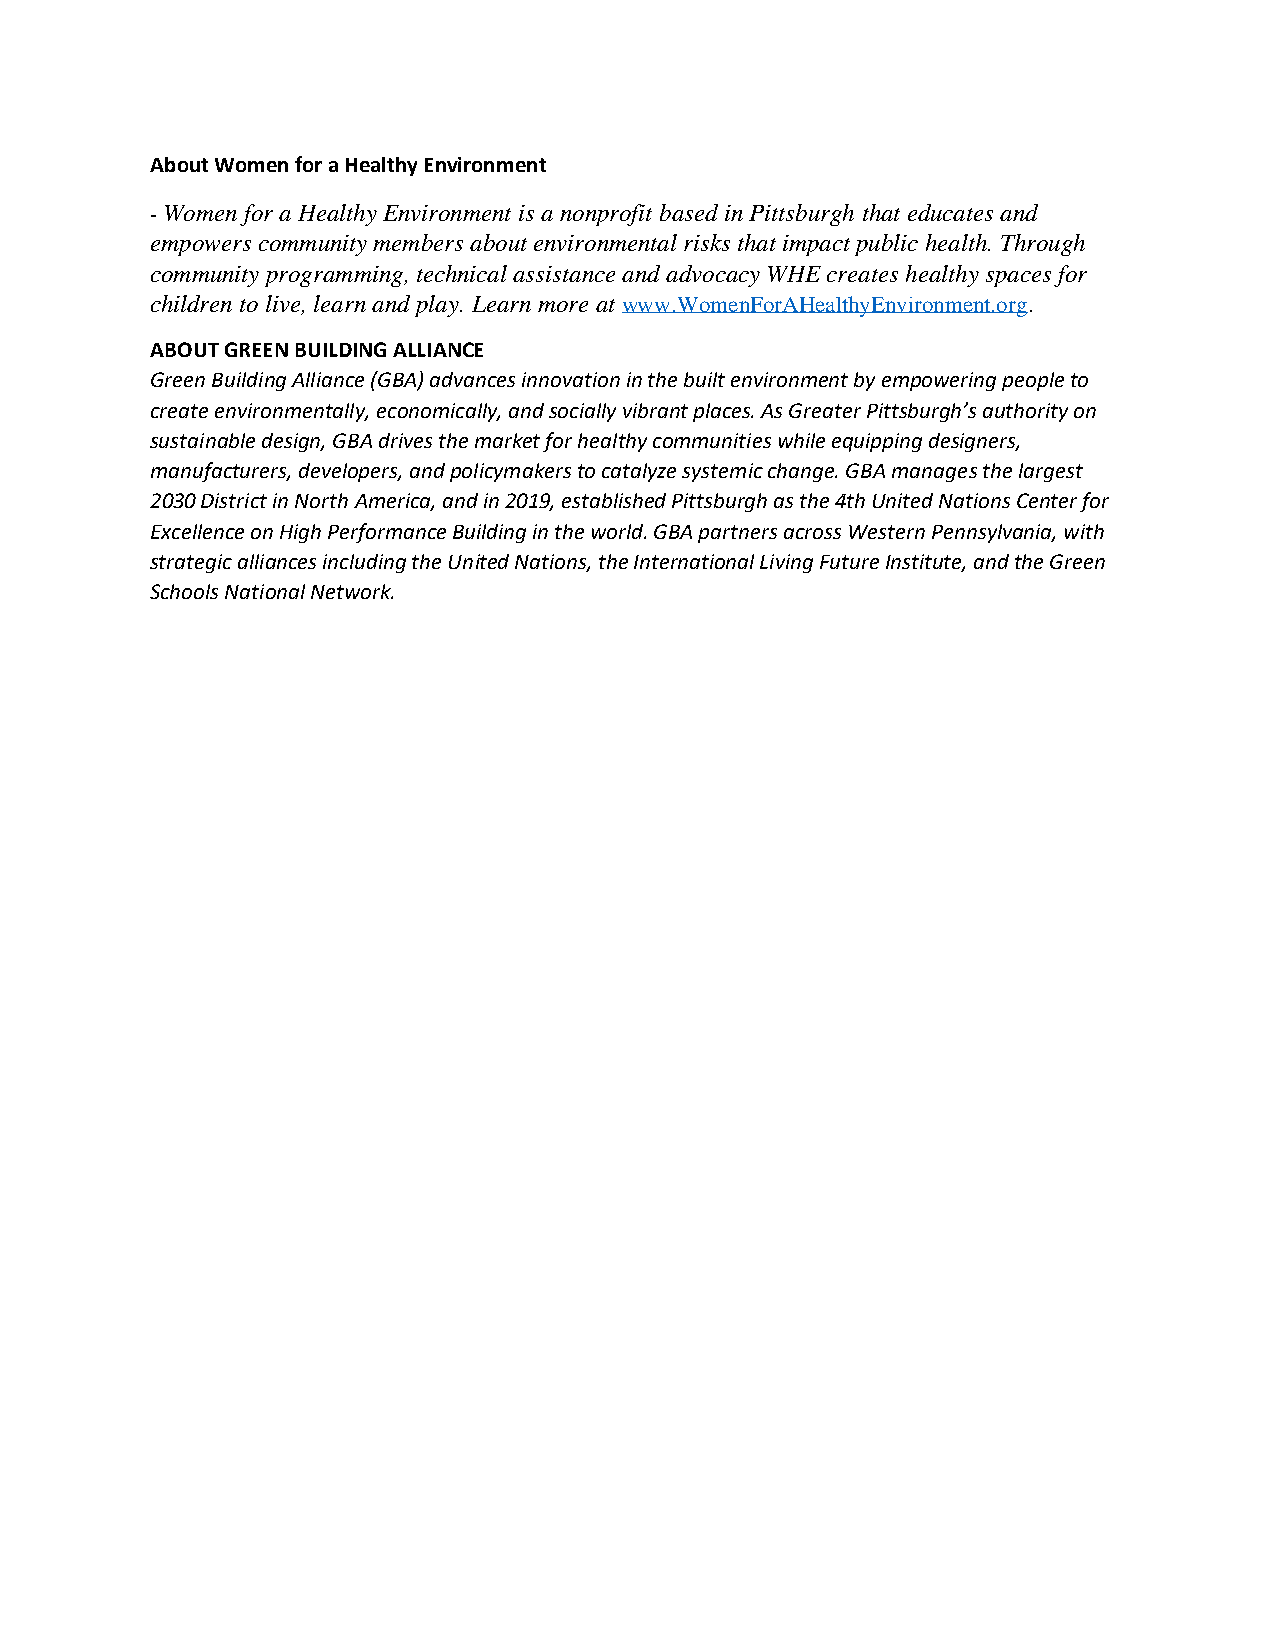
About Women for a Healthy Environment
 - Women for a Healthy Environment is a nonprofit based in Pittsburgh that educates and
 empowers community members about environmental risks that impact public health. Through
 community programming, technical assistance and advocacy WHE creates healthy spaces for
 children to live, learn and play. Learn more at www.WomenForAHealthyEnvironment.org.
 ABOUT GREEN BUILDING ALLIANCE
 Green Building Alliance (GBA) advances innovation in the built environment by empowering people to
 create environmentally, economically, and socially vibrant places. As Greater Pittsburgh’s authority on
 sustainable design, GBA drives the market for healthy communities while equipping designers,
 manufacturers, developers, and policymakers to catalyze systemic change. GBA manages the largest
 2030 District in North America, and in 2019, established Pittsburgh as the 4th United Nations Center for
 Excellence on High Performance Building in the world. GBA partners across Western Pennsylvania, with
 strategic alliances including the United Nations, the International Living Future Institute, and the Green
 Schools National Network.